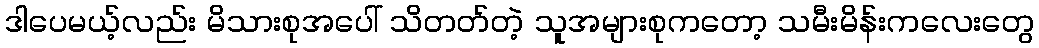
ဒါပေမယ့်လည်း မိသားစုအပေါ် သိတတ်တဲ့ သူအများစုကတော့ သမီးမိန်းကလေးတွေ